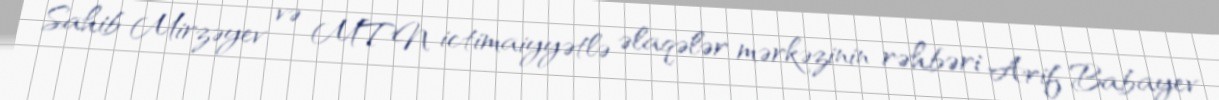
Sahib Mirzəyev və MTN ictimaiyyətlə əlaqələr mərkəzinin rəhbəri Arif Babayev